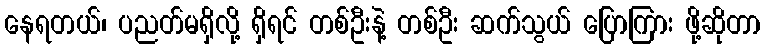
နေရတယ်၊ ပညတ်မရှိလို့ ရှိရင် တစ်ဦးနဲ့ တစ်ဦး ဆက်သွယ် ပြောကြား ဖို့ဆိုတာ